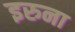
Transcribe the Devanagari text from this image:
इरुना